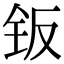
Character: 钣